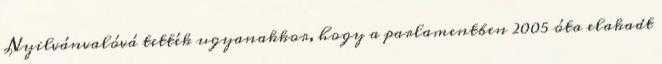
Nyilvánvalóvá tették ugyanakkor, hogy a parlamentben 2005 óta elakadt